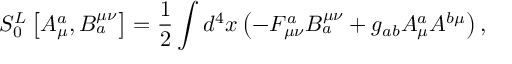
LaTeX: S _ { 0 } ^ { L } \left[ A _ { \mu } ^ { a } , B _ { a } ^ { \mu \nu } \right] = \frac 1 2 \int d ^ { 4 } x \left( - F _ { \mu \nu } ^ { a } B _ { a } ^ { \mu \nu } + g _ { a b } A _ { \mu } ^ { a } A ^ { b \mu } \right) ,